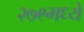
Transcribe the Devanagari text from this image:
२७९मध्ये